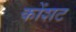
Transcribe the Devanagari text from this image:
कोंशट